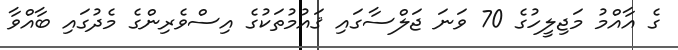
ގެ އާއްމު މަޖިލީހުގެ 70 ވަނަ ޖަލްސާގައި ޤައުމުތަކުގެ އިސްވެރިންގެ މެދުގައި ބާއްވާ